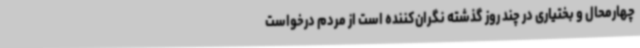
چهارمحال و بختیاری در چند روز گذشته نگران‌کننده است از مردم درخواست